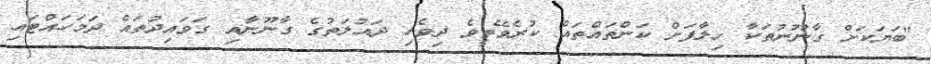
"ބަޔަކަށް ގާނޫނުތަކާ ހިލާފަށް ކަންތައްތައް ކުރެވޭތީވެ ދިވެހި ދައުލަތުގެ ގާނޫނާއި ގަވައިދުތައް ދަމަހައްޓައި